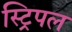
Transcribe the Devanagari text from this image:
स्ट्रिपल